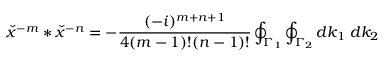
{ \check { x } } ^ { - m } \ast { \check { x } } ^ { - n } = - \frac { ( - i ) ^ { m + n + 1 } } { 4 ( m - 1 ) ! ( n - 1 ) ! } \oint _ { { \Gamma } _ { 1 } } \oint _ { { \Gamma } _ { 2 } } d k _ { 1 } \; d k _ { 2 }